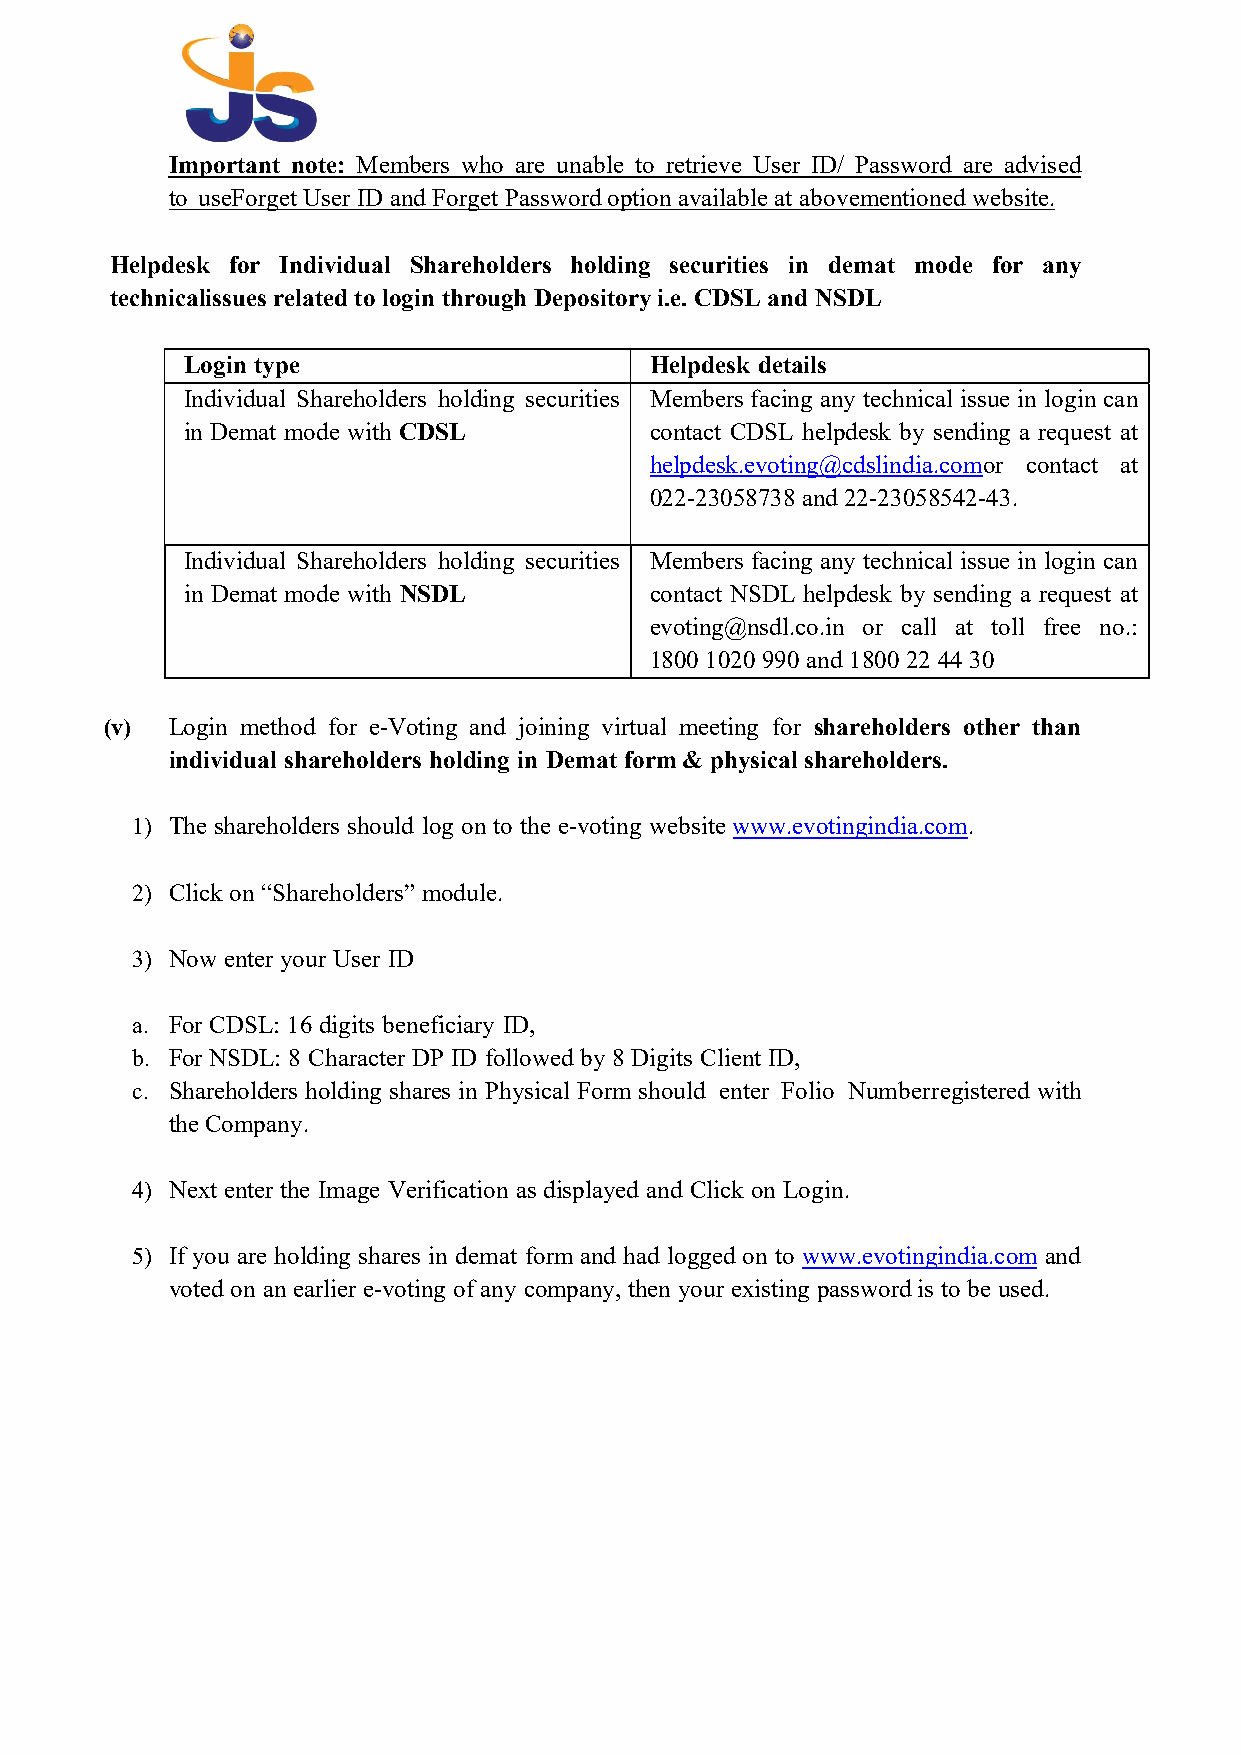
Important note: Members who are unable to retrieve User ID/ Password are advised
 to use Forget User ID and Forget Password option available at abovementioned website.
 Helpdesk for Individual Shareholders holding securities in demat mode for any
 technical issues related to login through Depository i.e. CDSL and NSDL
 Login type                     Helpdesk details
 Individual Shareholders holding securities Members facing any technical issue in login can
 in Demat mode with CDSL        contact CDSL helpdesk by sending a request at
 helpdesk.evoting@cdslindia.comor contact at
 022- 23058738 and 22-23058542-43.
 Individual Shareholders holding securities Members facing any technical issue in login can
 in Demat mode with NSDL        contact NSDL helpdesk by sending a request at
 evoting@nsdl.co.in or call at toll free no.:
 1800 1020 990 and 1800 22 44 30
 (v) Login method for e-Voting and joining virtual meeting for shareholders other than
 individual shareholders holding in Demat form & physical shareholders.
 1) The shareholders should log on to the e-voting website www.evotingindia.com.
 2) Click on “Shareholders” module.
 3) Now enter your User ID
 a. For CDSL: 16 digits beneficiary ID,
 b. For NSDL: 8 Character DP ID followed by 8 Digits Client ID,
 c. Shareholders holding shares in Physical Form should enter Folio Number registered with
 the Company.
 4) Next enter the Image Verification as displayed and Click on Login.
 5) If you are holding shares in demat form and had logged on to www.evotingindia.com and
 voted on an earlier e-voting of any company, then your existing password is to be used.